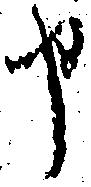
申